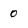
Character: 0